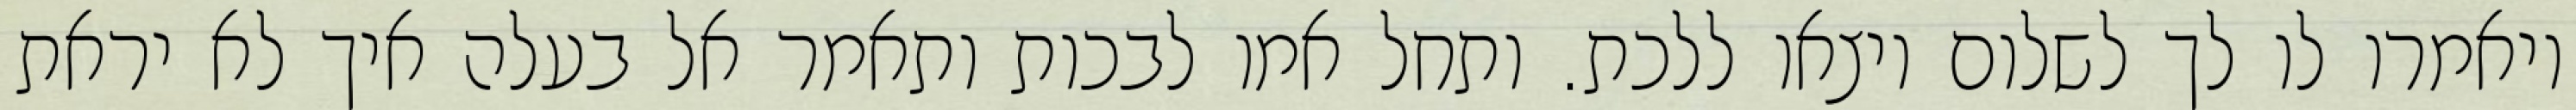
ויאמרו לו לך לשלום ויצאו ללכת. ותחל אמו לבכות ותאמר אל בעלה איך לא יראת